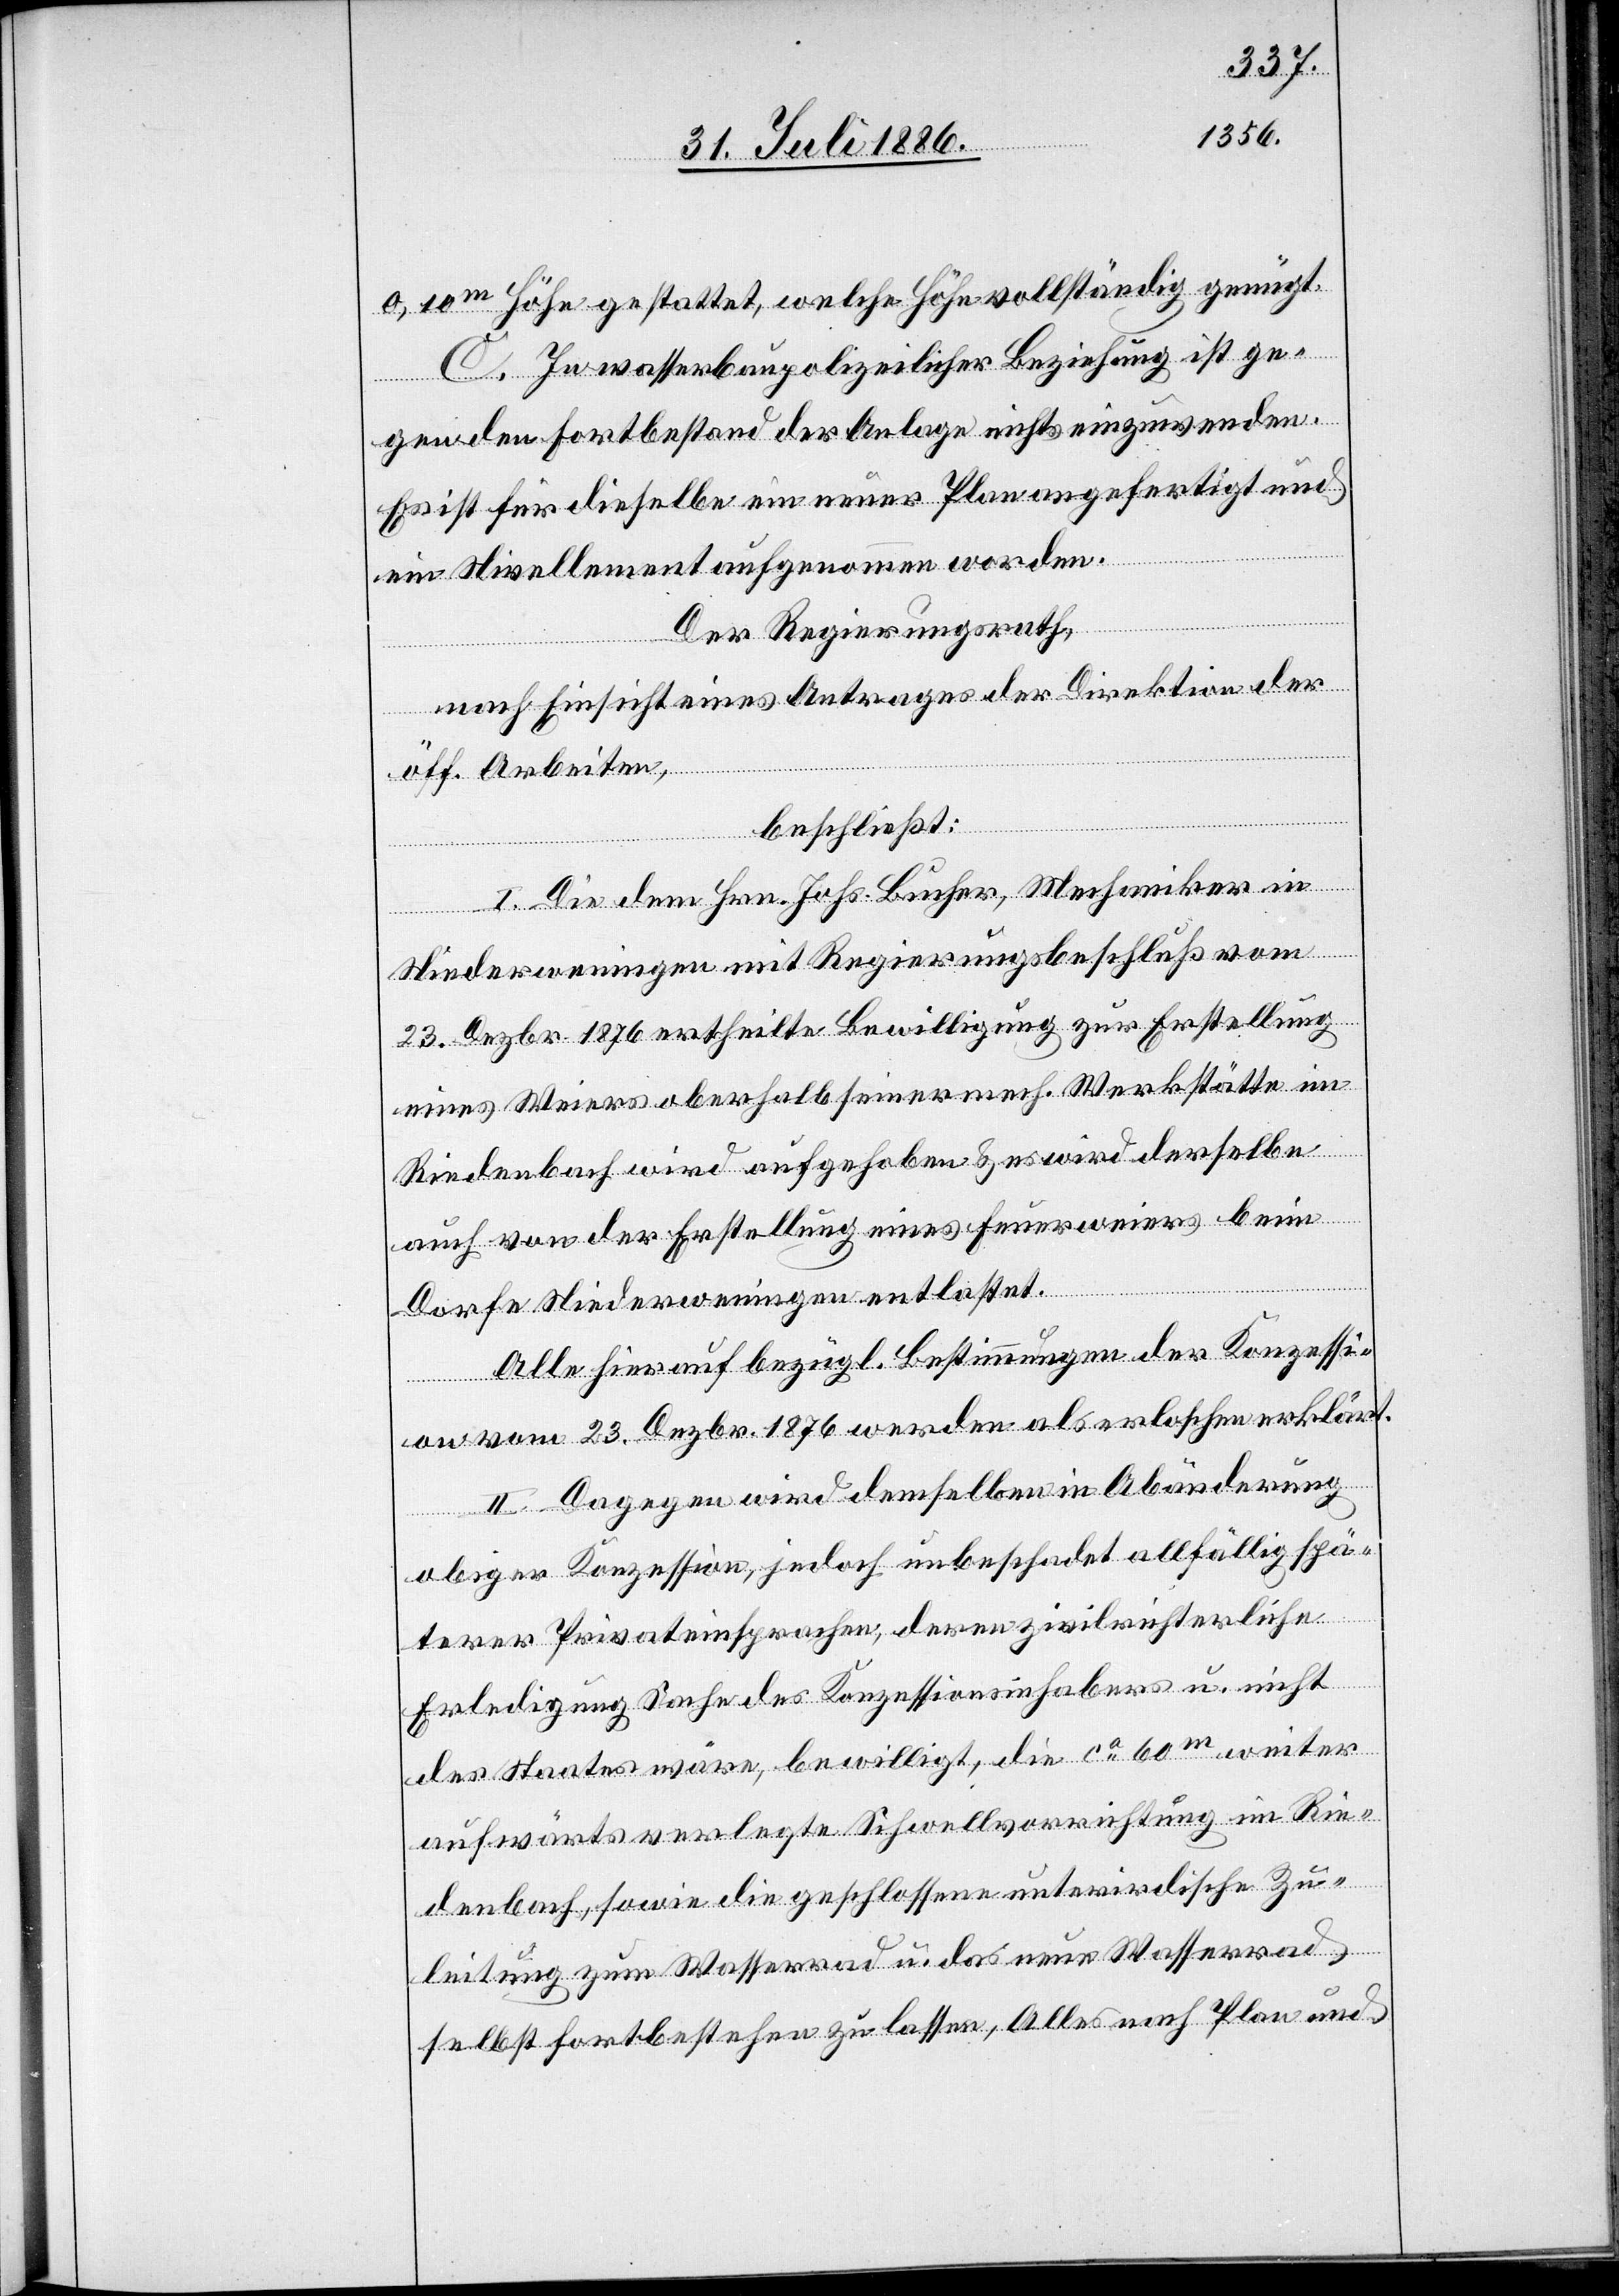
0,10m Höhe gestattet, welche Höhe vollständig genügt.
C. In wasserbaupolizeilicher Beziehung ist ge¬
gen den Fortbestand der Anlage nichts einzuwenden.
Es ist für dieselbe ein neuer Plan angefertigt und
ein Nivellement aufgenommen worden.
Der Regierungsrath,
nach Einsicht eines Antrages der Direktion der
öff. Arbeiten,
beschließt:
I. Die dem Hrn. Johs. Bucher, Mechaniker in
Niederweningen mit Regierungsbeschluß vom
23. Dezbr. 1876 ertheilte Bewilligung zur Erstellung
eines Weiers oberhalb seiner mech. Werkstätte in
Riedenbach wird aufgehoben & es wird derselbe
auch von der Erstellung eines Feuerweiers beim
Dorfe Niederweningen entlastet.
Alle hierauf bezügl. Bestimmungen der Konzessi¬
on vom 23. Dezbr. 1876 werden als erloschen erklärt.
II. Dagegen wird demselben in Abänderung
obiger Konzession, jedoch unbeschadet allfällig spä¬
terer Privateinsprachen, deren zivilrichterliche
Erledigung Sache des Konzessionsinhabers u. nicht
des Staates wäre, bewilligt, die ca 60m weiter
aufwärts verlegte Schwellvorrichtung im Rie¬
denbach, sowie die geschlossene unterirdische Zu¬
leitung zum Wasserrad u. das neue Wasserrad
selbst fortbestehen zu lassen, Alles nach Plan und